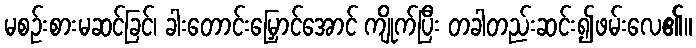
မစဉ်းစားမဆင်ခြင်၊ ခါးတောင်းမြှောင်အောင် ကျိုက်ပြီး တခါတည်းဆင်း၍ဖမ်းလေ၏။